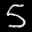
Label: 5